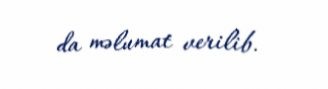
da məlumat verilib.